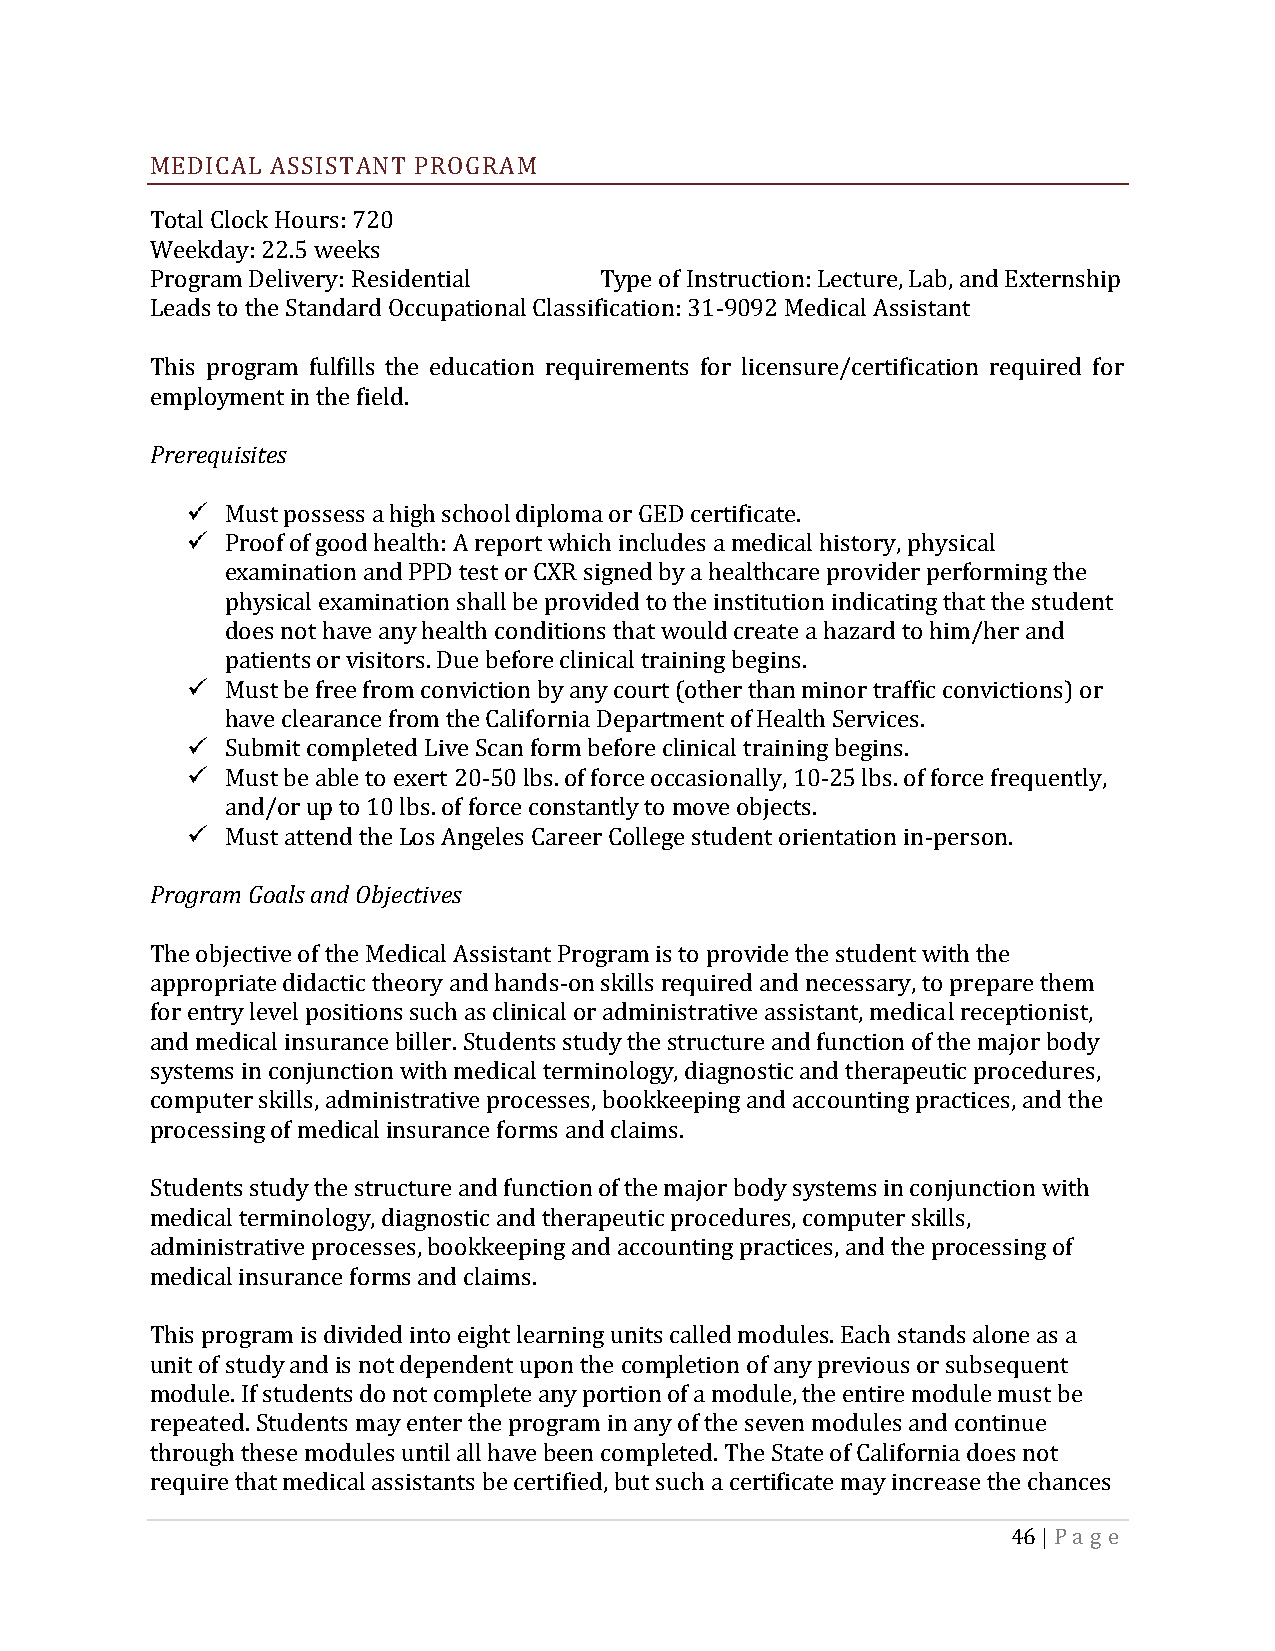
MEDICAL ASSISTANT PROGRAM
 Total Clock Hours: 720
 Weekday: 22.5 weeks
 Program Delivery: Residential Type of Instruction: Lecture, Lab, and Externship
 Leads to the Standard Occupational Classification: 31-9092 Medical Assistant
 This program fulfills the education requirements for licensure/certification required for
 employment in the field.
 Prerequisites
 Must possess a high school diploma or GED certificate.
 Proof of good health: A report which includes a medical history, physical
 examination and PPD test or CXR signed by a healthcare provider performing the
 physical examination shall be provided to the institution indicating that the student
 does not have any health conditions that would create a hazard to him/her and
 patients or visitors. Due before clinical training begins.
 Must be free from conviction by any court (other than minor traffic convictions) or
 have clearance from the California Department of Health Services.
 Submit completed Live Scan form before clinical training begins.
 Must be able to exert 20-50 lbs. of force occasionally, 10-25 lbs. of force frequently,
 and/or up to 10 lbs. of force constantly to move objects.
 Must attend the Los Angeles Career College student orientation in-person.
 Program Goals and Objectives
 The objective of the Medical Assistant Program is to provide the student with the
 appropriate didactic theory and hands-on skills required and necessary, to prepare them
 for entry level positions such as clinical or administrative assistant, medical receptionist,
 and medical insurance biller. Students study the structure and function of the major body
 systems in conjunction with medical terminology, diagnostic and therapeutic procedures,
 computer skills, administrative processes, bookkeeping and accounting practices, and the
 processing of medical insurance forms and claims.
 Students study the structure and function of the major body systems in conjunction with
 medical terminology, diagnostic and therapeutic procedures, computer skills,
 administrative processes, bookkeeping and accounting practices, and the processing of
 medical insurance forms and claims.
 This program is divided into eight learning units called modules. Each stands alone as a
 unit of study and is not dependent upon the completion of any previous or subsequent
 module. If students do not complete any portion of a module, the entire module must be
 repeated. Students may enter the program in any of the seven modules and continue
 through these modules until all have been completed. The State of California does not
 require that medical assistants be certified, but such a certificate may increase the chances
 46 | Pa g e